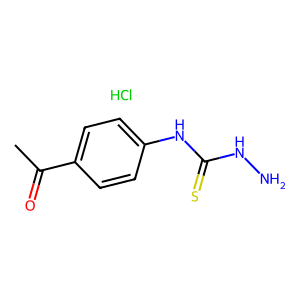
SMILES: CC(=O)c1ccc(NC(=S)NN)cc1.Cl
Inhibits HIV replication: No